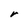
Character: V